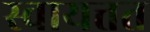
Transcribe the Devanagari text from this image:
स्वायत्तत